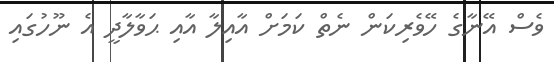
ވެސް އޭނާގެ ހޭވެރިކަން ނެތް ކަމަށް އާއިލާ އާއި ޙަވާލާދީ އެ ނޫހުގައި